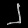
Digit: ၂